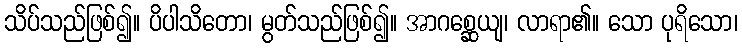
သိပ်သည်ဖြစ်၍။ ပိပါသိတော၊ မွတ်သည်ဖြစ်၍။ အာဂစ္ဆေယျ၊ လာရာ၏။ သော ပုရိသော၊